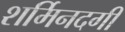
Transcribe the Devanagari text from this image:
शर्मिनदगी